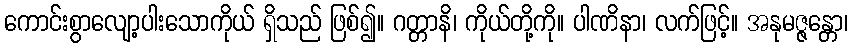
ကောင်းစွာလျော့ပါးသောကိုယ် ရှိသည် ဖြစ်၍။ ဂတ္တာနိ၊ ကိုယ်တို့ကို။ ပါဏိနာ၊ လက်ဖြင့်။ အနုမဇ္ဇန္တော၊